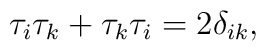
\tau _i\tau _k+\tau _k\tau _i=2\delta _{ik},